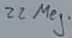
Text: 22Meg.